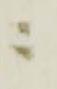
ニ